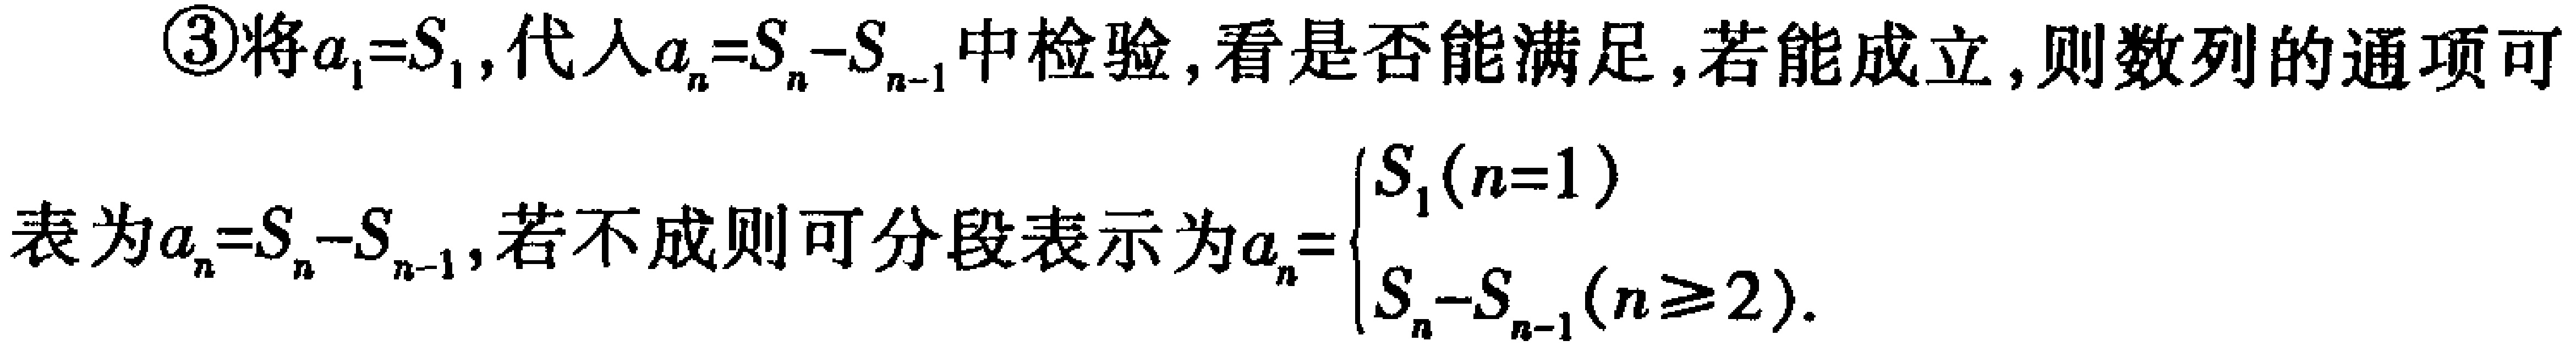
\textcircled{3}将\(a_{1}=S_{1}\), 代入\(a_{n}=S_{n}-S_{n - 1}\)中检验, 看是否能满足, 若能成立, 则数列的通项可表为\(a_{n}=S_{n}-S_{n - 1}\), 若不成则可分段表示为\(a_{n}=\begin{cases}S_{1}(n = 1)\\S_{n}-S_{n - 1}(n\geq2)\end{cases}\).